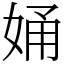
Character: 㛚